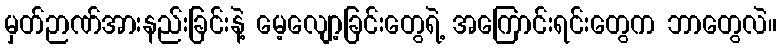
မှတ်ဉာဏ်အားနည်းခြင်းနဲ့ မေ့လျော့ခြင်းတွေရဲ့ အကြောင်းရင်းတွေက ဘာတွေလဲ။